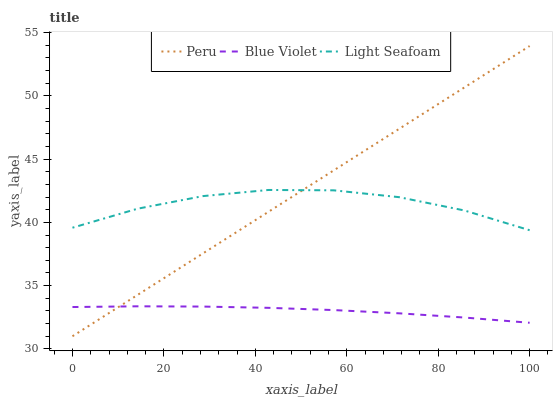
| xaxis_label | Peru | Blue Violet | Light Seafoam |
 | --- | --- | --- | --- |
 | 0 | 31 | 33.3 | 39.6 |
 | 14.3 | 34.3 | 33.4 | 41.1 |
 | 28.6 | 37.6 | 33.3 | 42.1 |
 | 42.9 | 40.8 | 33.2 | 42.6 |
 | 57.1 | 44.1 | 33.1 | 42.5 |
 | 71.4 | 47.4 | 32.8 | 42 |
 | 85.7 | 50.7 | 32.5 | 40.9 |
 | 100 | 53.9 | 32.1 | 39.4 |